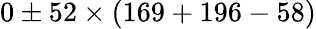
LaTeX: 0\pm 52\times(169+196-58)